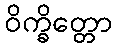
ဝိက္ခိတ္တော